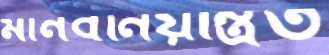
মানবনিয়ন্ত্রিত